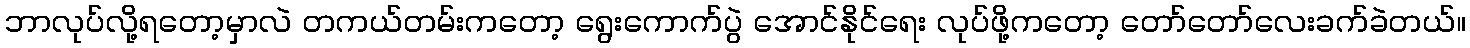
ဘာလုပ်လို့ရတော့မှာလဲ တကယ်တမ်းကတော့ ရွေးကောက်ပွဲ အောင်နိုင်ရေး လုပ်ဖို့ကတော့ တော်တော်လေးခက်ခဲတယ်။